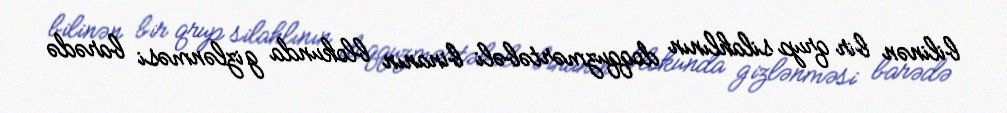
bilinən bir qrup silahlının doqquzmərtəbəli binanın blokunda gizlənməsi barədə